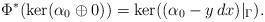
LaTeX: \begin{align*}\Phi^*(\ker(\alpha_{0}\oplus 0))=\ker((\alpha_{0}- y\,dx)|_\Gamma).\end{align*}